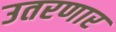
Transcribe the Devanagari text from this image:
उतरणार